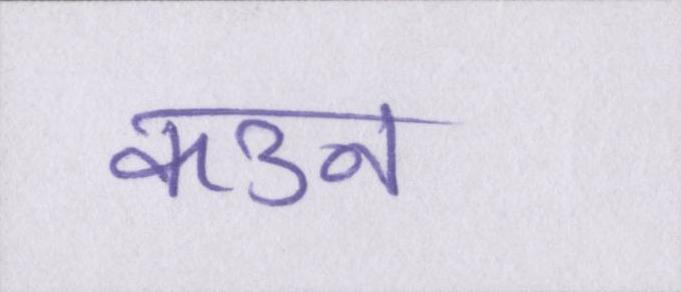
कउन